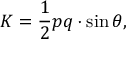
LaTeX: K = { \frac { 1 } { 2 } } p q \cdot \sin \theta ,